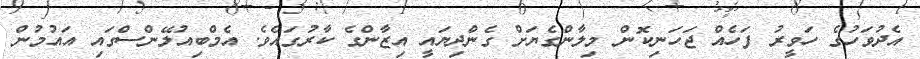
އެދުވަހުގެ ހަވީރު ފަހެއް ޖަހަނިކޮން މިލާންގެޔަށް ގެންދިޔައީ އިޒާންގެ ކާރުގައެވެ. އެމްބިއުލޭންސްގައި އައުމުން